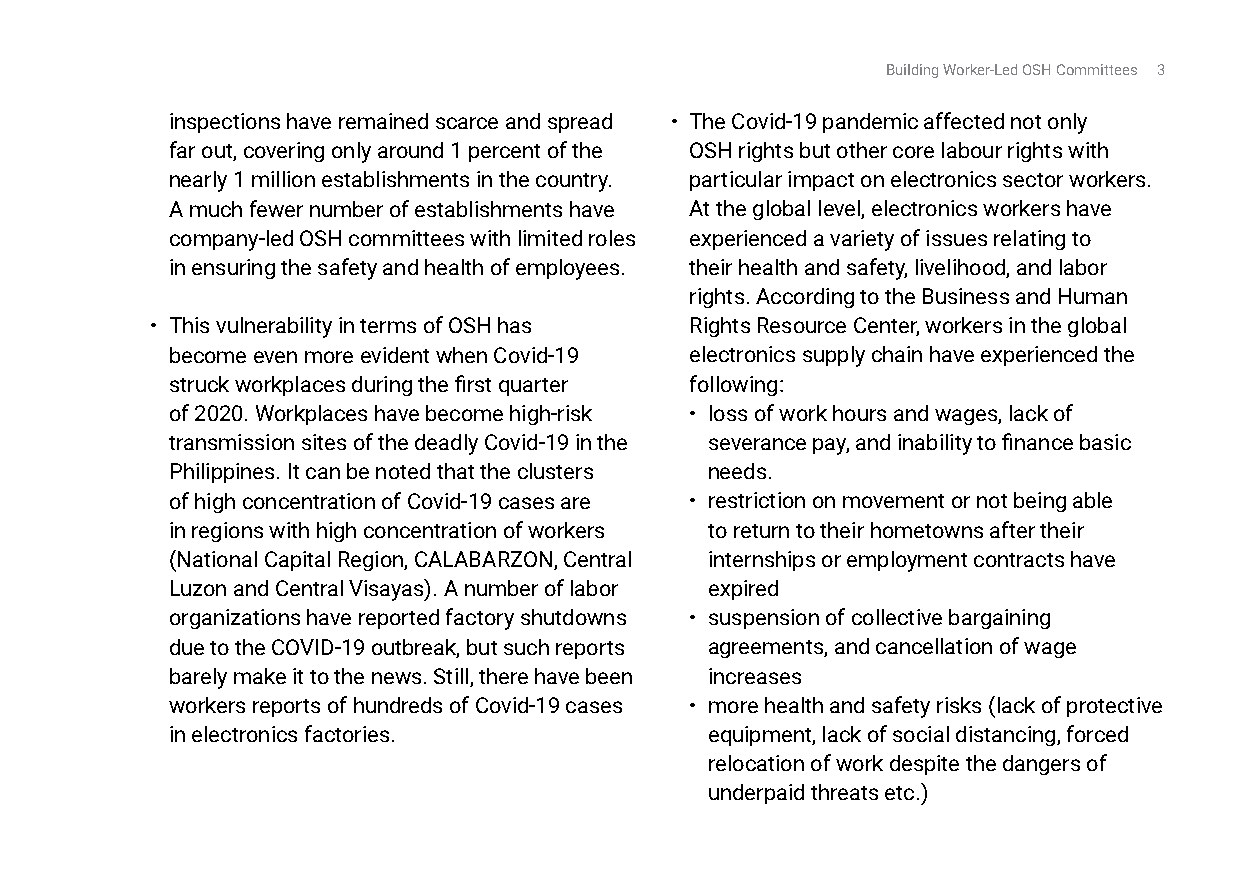
Building Worker-Led OSH Committees 3
 inspections have remained scarce and spread • The Covid-19 pandemic affected not only
 far out, covering only around 1 percent of the OSH rights but other core labour rights with
 nearly 1 million establishments in the country. particular impact on electronics sector workers.
 A much fewer number of establishments have At the global level, electronics workers have
 company-led OSH committees with limited roles experienced a variety of issues relating to
 in ensuring the safety and health of employees. their health and safety, livelihood, and labor
 rights. According to the Business and Human
 • This vulnerability in terms of OSH has Rights Resource Center, workers in the global
 become even more evident when Covid-19 electronics supply chain have experienced the
 struck workplaces during the first quarter following:
 of 2020. Workplaces have become high-risk • loss of work hours and wages, lack of
 transmission sites of the deadly Covid-19 in the severance pay, and inability to finance basic
 Philippines. It can be noted that the clusters needs.
 of high concentration of Covid-19 cases are • restriction on movement or not being able
 in regions with high concentration of workers to return to their hometowns after their
 (National Capital Region, CALABARZON, Central internships or employment contracts have
 Luzon and Central Visayas). A number of labor expired
 organizations have reported factory shutdowns • suspension of collective bargaining
 due to the COVID-19 outbreak, but such reports agreements, and cancellation of wage
 barely make it to the news. Still, there have been increases
 workers reports of hundreds of Covid-19 cases • more health and safety risks (lack of protective
 in electronics factories.           equipment, lack of social distancing, forced
 relocation of work despite the dangers of
 underpaid threats etc.)